Trukikaitis_Postimees, lk 503
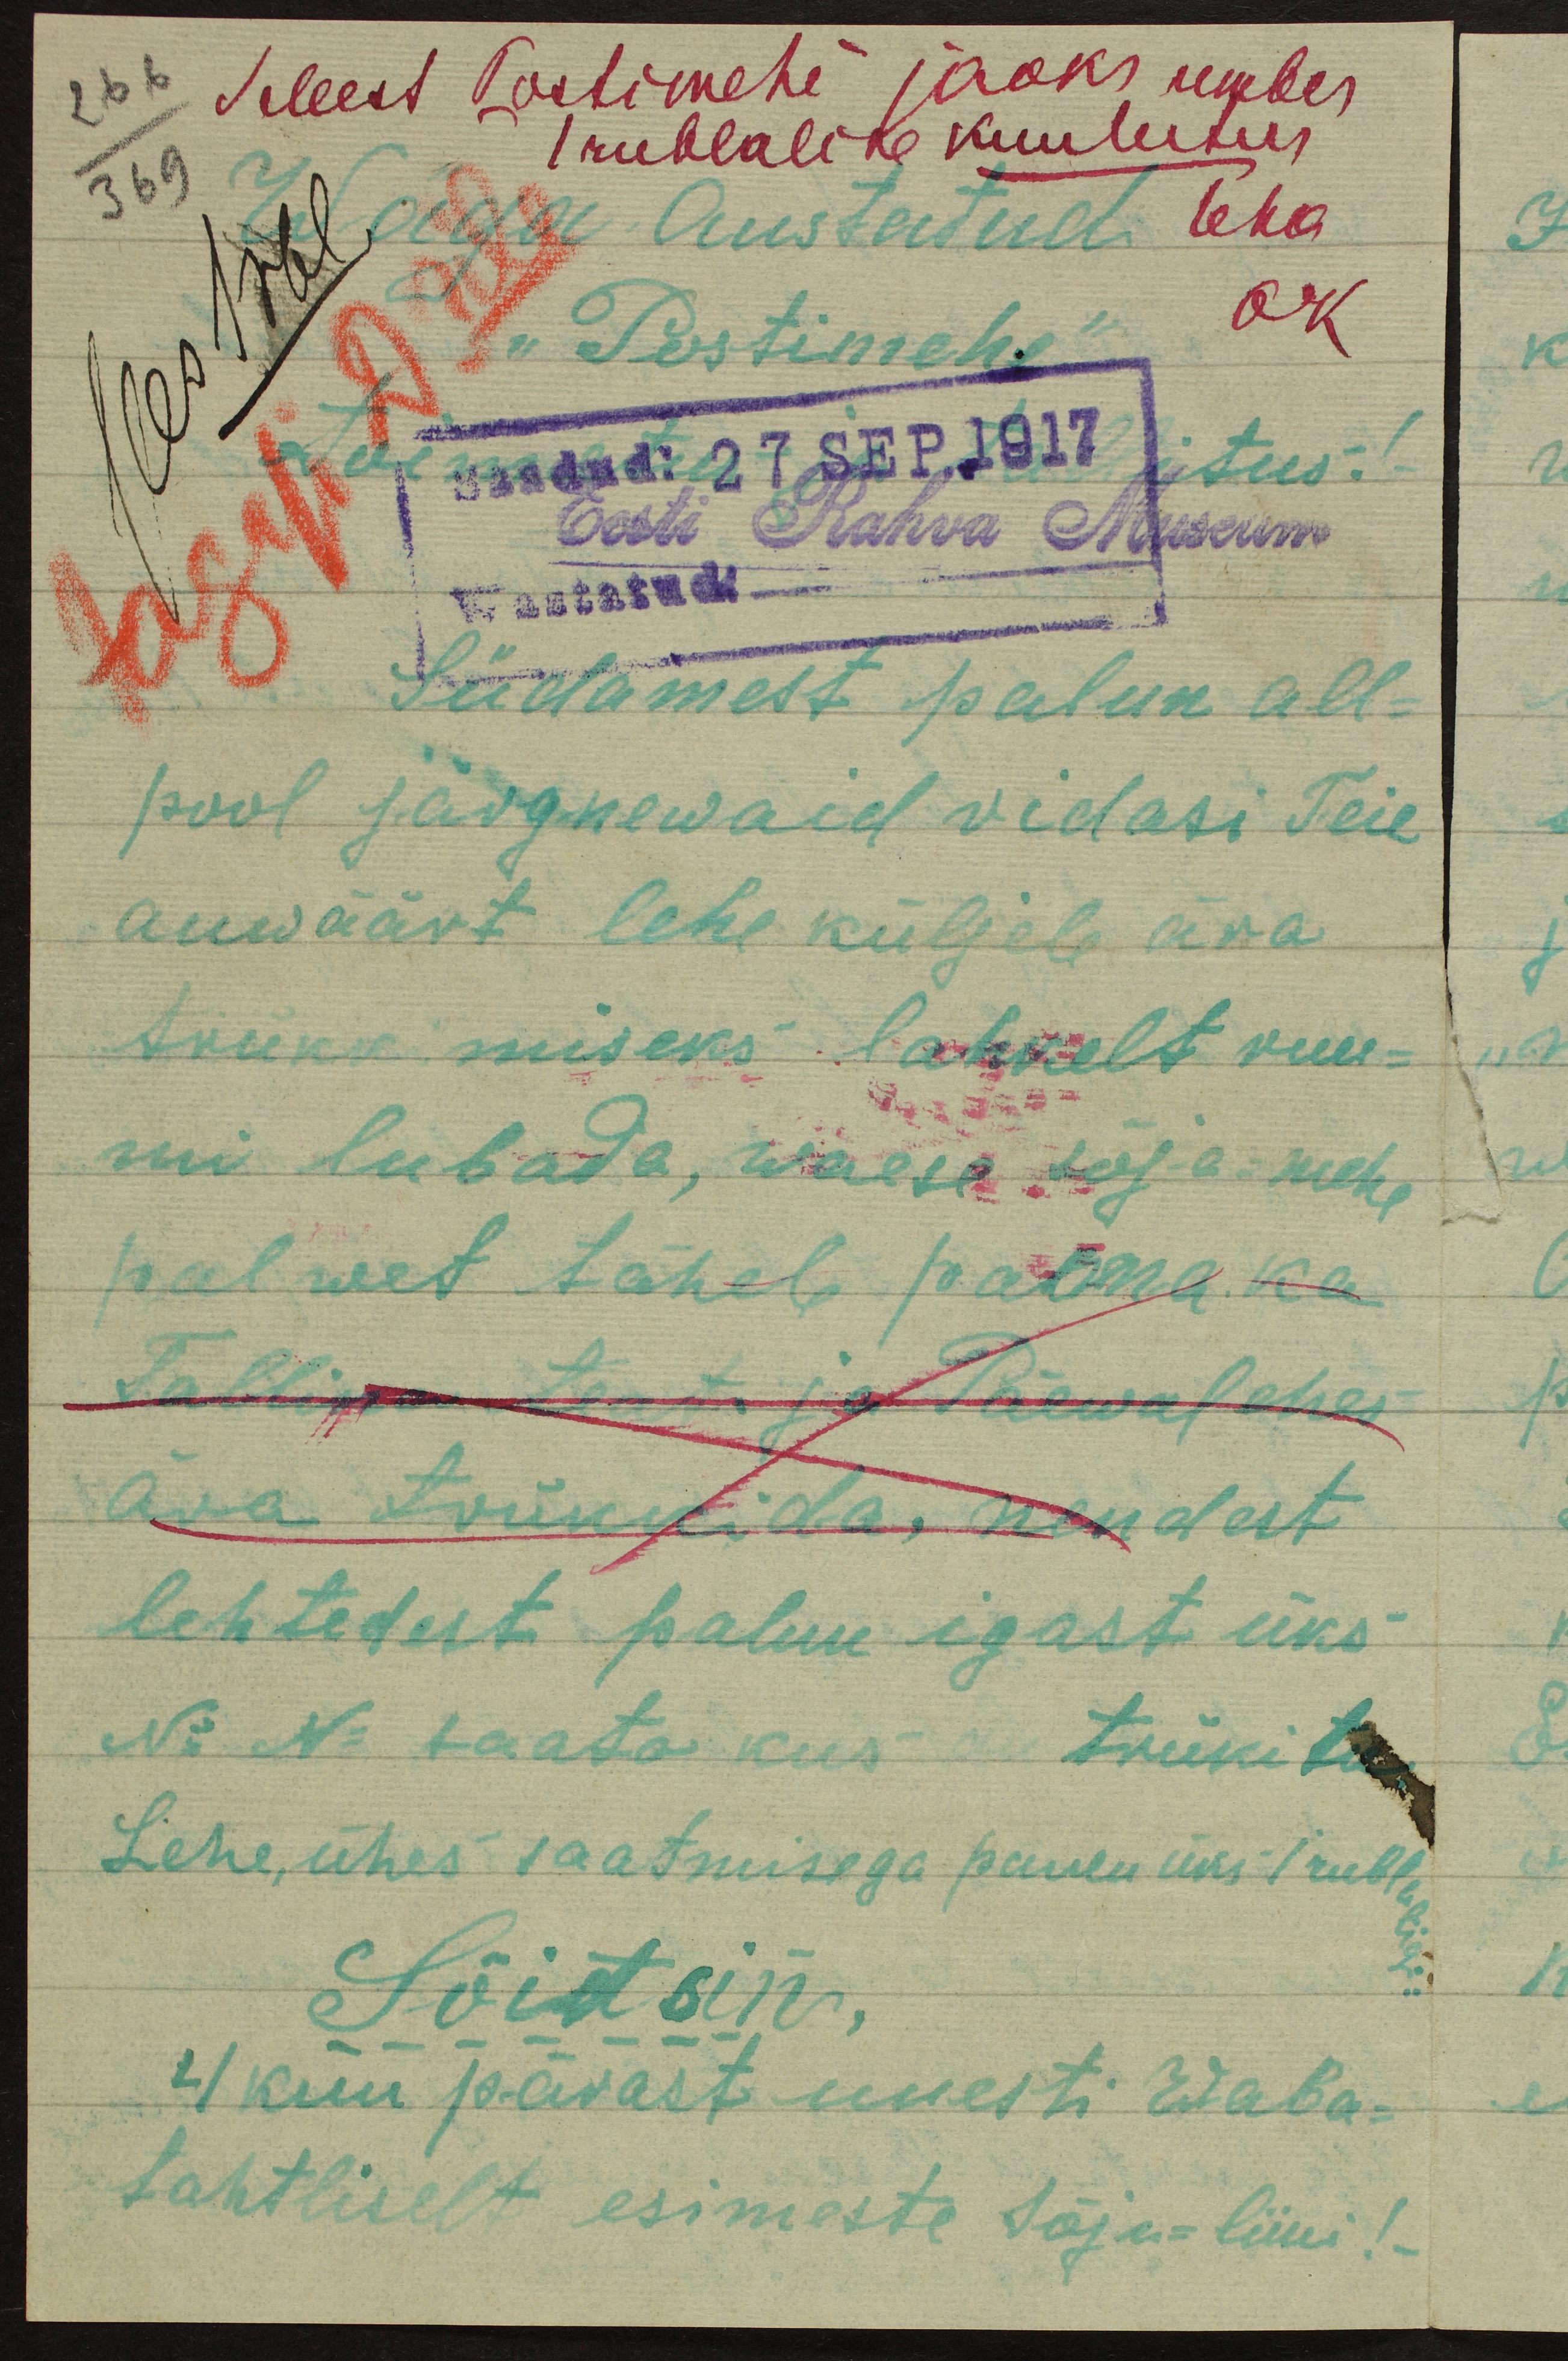
Sellest Postimehe jaoks umbes
1 rublaline kuulutus
Wäga Austatud
"Postimehe"
toimetus- ja tallitus
Eesti Rahva Museum
Südamest palun all-
pool järgnewaid ridasi Teie
auwäärt lehe küljele ära
trükkimiseks lahkelt ruu-
mi lubada, waese sõja mehe
palwet läheb pääma ka
Tallinn teat. ja Päewalehes
ära trükkida, nendest
lehtedest palun igast üks
No. No. saata kus trükitu
Lehe, ühes saatmisega panen üks 1 rubla
Sõitsin,
4 kuu pärast uuesti waba-
tahtliselt esimeste Sõja-liini!-